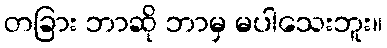
တခြား ဘာဆို ဘာမှ မပါသေးဘူး။